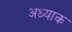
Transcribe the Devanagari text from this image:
अध्याक